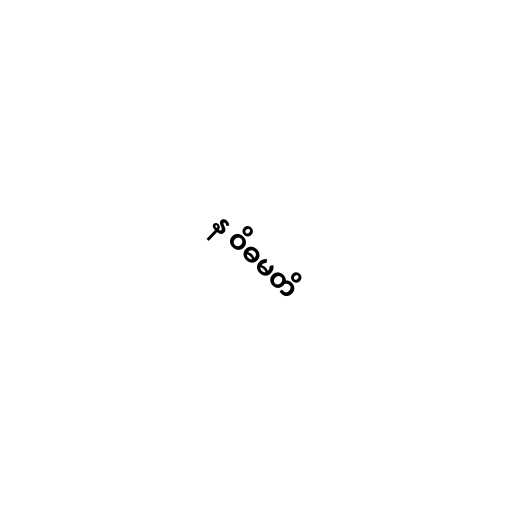
န ဝိဓမတိ